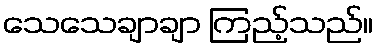
သေသေချာချာ ကြည့်သည်။